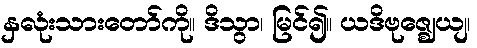
နှလုံးသားတော်ကို။ ဒိသွာ၊ မြင်၍။ ယဒိဗုဇ္ဈေယျ၊